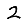
Digit: 2